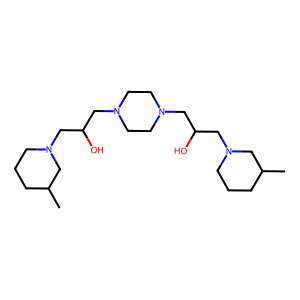
SMILES: CC1CCCN(CC(O)CN2CCN(CC(O)CN3CCCC(C)C3)CC2)C1
Inhibits HIV replication: No